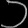
Digit: ၁